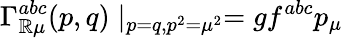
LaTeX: \Gamma_{\mathbb{R}\mu}^{abc}(p,q)\mid_{p=q,p^{2}=\mu^{2}}=gf^{abc}p_{\mu}